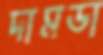
দামডা